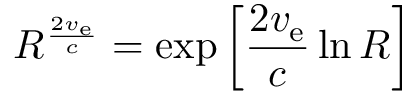
R ^ { \frac { 2 v _ { \mathrm { e } } } { c } } = \exp \left[ { \frac { 2 v _ { \mathrm { e } } } { c } } \ln R \right]